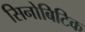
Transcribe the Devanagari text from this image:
सिनोबिटिक